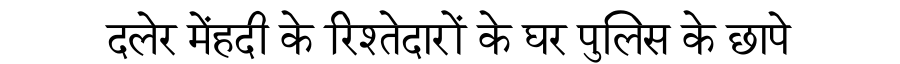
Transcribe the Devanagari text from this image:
दलेर मेंहदी के रिश्तेदारों के घर पुलिस के छापे